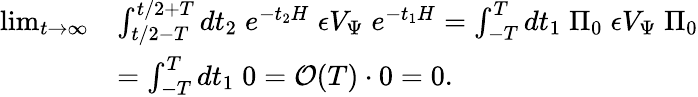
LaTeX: \begin{array}{rl}{\operatorname*{lim}_{t\to\infty}}&{\int_{t/2-T}^{t/2+T}dt_{2}\; e^{-t_{2}H}\; {\epsilon}V_{\Psi}\; e^{-t_{1}H}=\int_{-T}^{T}dt_{1}\; \Pi_{0}\; {\epsilon}V_{\Psi}\; \Pi_{0}}\\ &{=\int_{-T}^{T}dt_{1}\; 0=\mathcal{O}(T)\cdot 0=0.}\end{array}